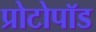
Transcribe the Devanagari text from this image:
प्रोटोपॉड